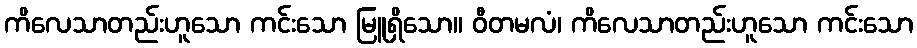
ကိလေသာတည်းဟူသော ကင်းသော မြူရှိသော။ ဝီတမလံ၊ ကိလေသာတည်းဟူသော ကင်းသော